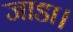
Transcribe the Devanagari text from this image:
जाडा।